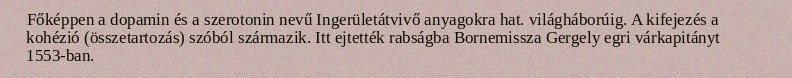
Főképpen a dopamin és a szerotonin nevű Ingerületátvivő anyagokra hat. világháborúig. A kifejezés a kohézió (összetartozás) szóból származik. Itt ejtették rabságba Bornemissza Gergely egri várkapitányt 1553-ban.